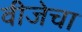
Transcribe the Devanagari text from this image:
वीजेचा